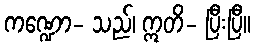
ကဏ္ဍော- သည်၊ ဣတိ- ပြီးပြီ။